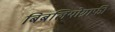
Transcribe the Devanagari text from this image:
बिबलियोग्राफी